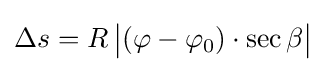
\Delta s=R\,{\big |}(\varphi -\varphi _{0})\cdot \sec \beta {\big |}